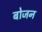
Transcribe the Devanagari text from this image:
बोजन